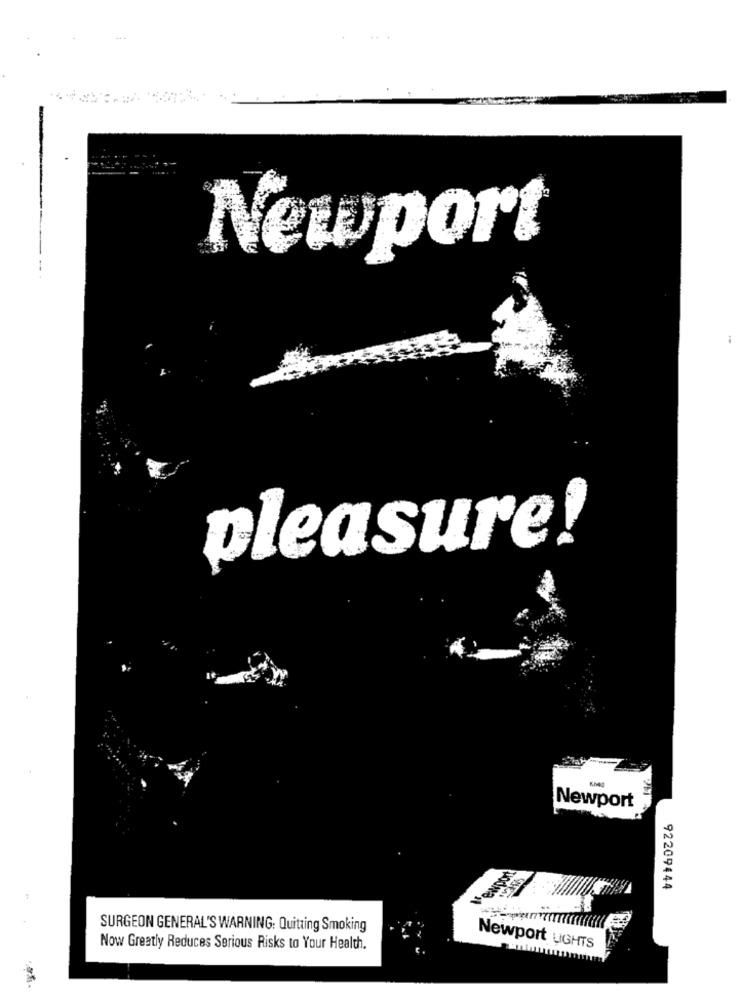
Newport
pleasure!
-
Newport
92209444
SURGEON GENERAL'S WARNING: Quitting Smoking
Now Greatly Reduces Serious Risks to Your Health.
Newport LIGHTS